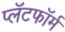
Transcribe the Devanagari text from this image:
प्लॅटफाॅर्म